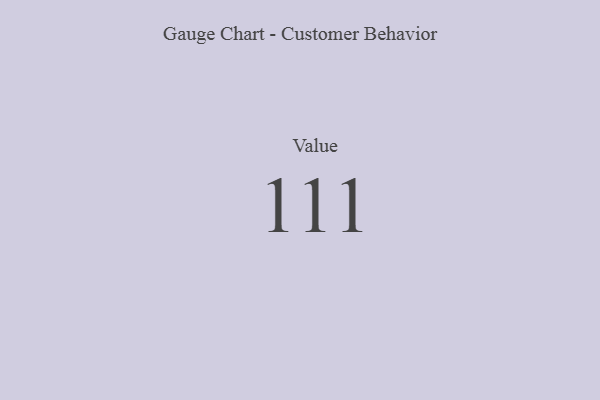
{"axis": {"x": "Metric", "y": "Value"}, "legend": [""], "data": [{"x": "Value", "y": 111, "type": ""}]}